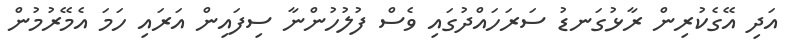
އަދި އޭގެކުރިން ރާޅުގަނޑު ސަރަހައްދުގައި ވެސް ފުލުހުންނާ ސިފައިން އަރައި ހަމަ އެމޭރުމުން